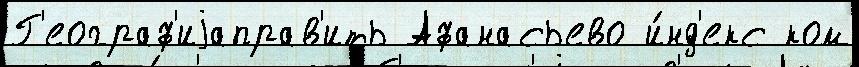
Г'еограф'иjаправ'ить Афанасьево и́нд'екс ком